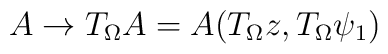
A \rightarrow T_\Omega A= A(T_\Omega z, T_\Omega \psi_1)